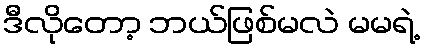
ဒီလိုတော့ ဘယ်ဖြစ်မလဲ မမရဲ့